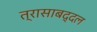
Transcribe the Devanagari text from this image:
त्रासाबद्दल